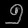
Digit: ၅